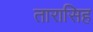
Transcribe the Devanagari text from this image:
तारासिह